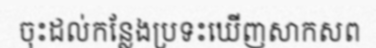
ចុះដល់កន្លែងប្រទះឃើញសាកសព